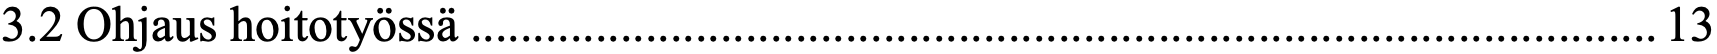
3.2 Ohjaus hoitotyössä ............................................................................................... 13